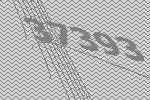
37393